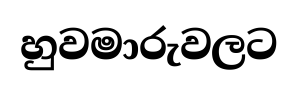
හුවමාරුවලට